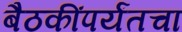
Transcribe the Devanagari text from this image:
बैठकींपर्यंतचा